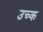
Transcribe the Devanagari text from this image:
उच्क